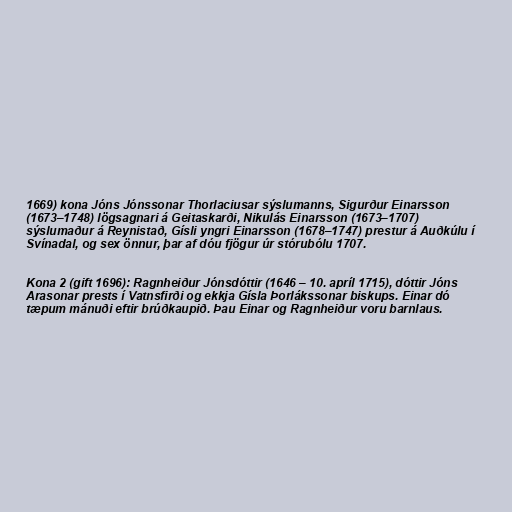
1669) kona Jóns Jónssonar Thorlaciusar sýslumanns, Sigurður Einarsson
(1673–1748) lögsagnari á Geitaskarði, Nikulás Einarsson (1673–1707)
sýslumaður á Reynistað, Gísli yngri Einarsson (1678–1747) prestur á Auðkúlu í
Svínadal, og sex önnur, þar af dóu fjögur úr stórubólu 1707.

Kona 2 (gift 1696): Ragnheiður Jónsdóttir (1646 – 10. apríl 1715), dóttir Jóns
Arasonar prests í Vatnsfirði og ekkja Gísla Þorlákssonar biskups. Einar dó
tæpum mánuði eftir brúðkaupið. Þau Einar og Ragnheiður voru barnlaus.